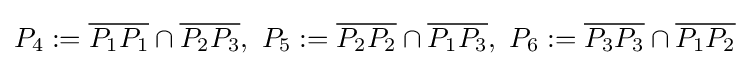
P_{4}:={\overline {P_{1}P_{1}}}\cap {\overline {P_{2}P_{3}}},\ P_{5}:={\overline {P_{2}P_{2}}}\cap {\overline {P_{1}P_{3}}},\ P_{6}:={\overline {P_{3}P_{3}}}\cap {\overline {P_{1}P_{2}}}